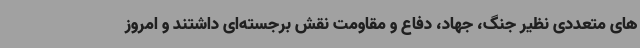
های متعددی نظیر جنگ، جهاد، دفاع و مقاومت نقش برجسته‌ای داشتند و امروز